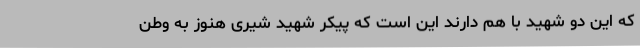
که این دو شهید با هم دارند این است که پیکر شهید شیری هنوز به وطن